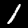
Digit: 1